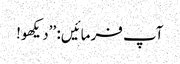
آپ فرمائیں: ’’دیکھو!